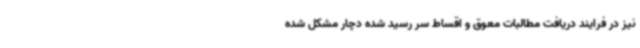
نیز در فرایند دریافت مطالبات معوق و اقساط سر رسید شده دچار مشکل شده